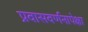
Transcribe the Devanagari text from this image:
प्रवासवर्णनापेक्षा